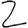
Digit: 2